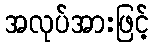
အလုပ်အားဖြင့်